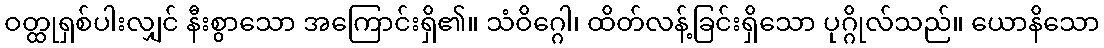
ဝတ္ထုရှစ်ပါးလျှင် နီးစွာသော အကြောင်းရှိ၏။ သံဝိဂ္ဂေါ၊ ထိတ်လန့်ခြင်းရှိသော ပုဂ္ဂိုလ်သည်။ ယောနိသော